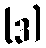
(ဒ)